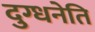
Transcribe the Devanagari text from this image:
दुग्धनेति